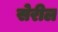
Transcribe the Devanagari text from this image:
सेरील